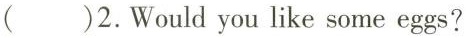
( )2.Would you like some eggs?